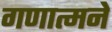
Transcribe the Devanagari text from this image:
गणात्मने